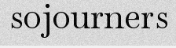
sojourners